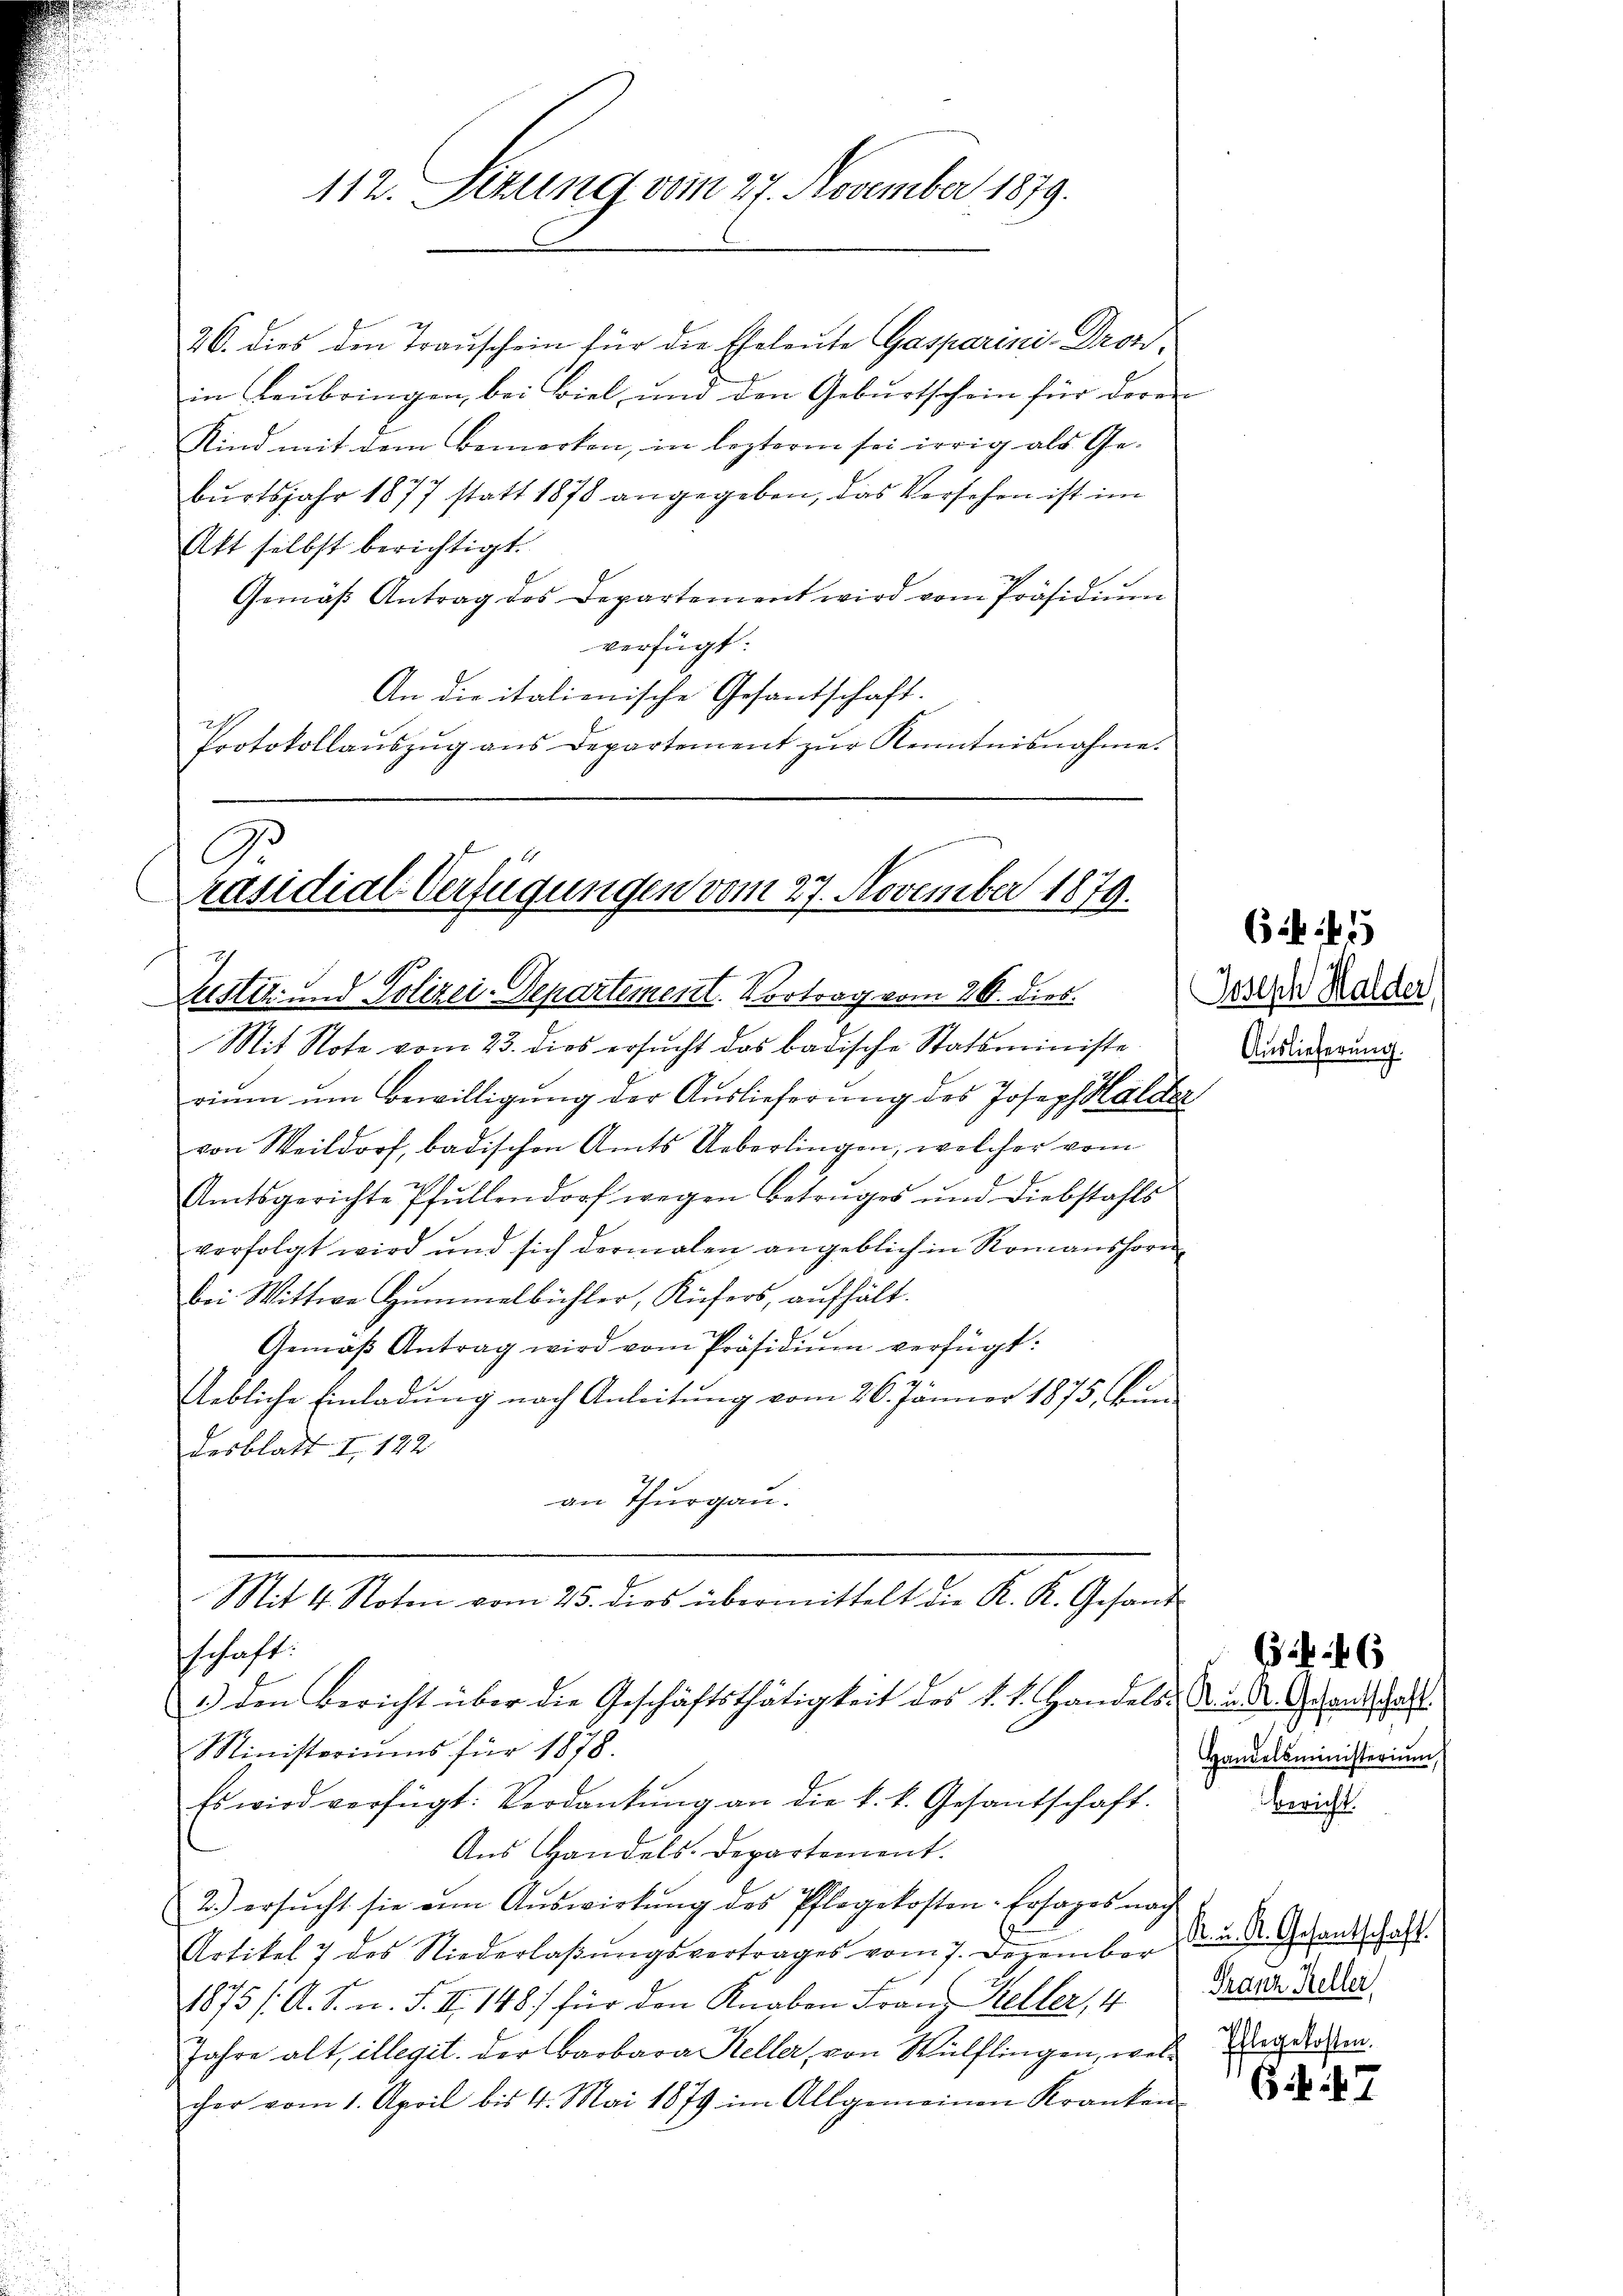
112. Sezung vom 27. November 1879.

26. dies den Trauschein für die Eheleute Gasparini-Dronin Leubringen bei Biel und den Geburtschein für daran
Kind mit dem Bemerken, in lezterm sei irrig als Ge-
burtsjahr 1877 statt 1878 angegeben, das Versehen ist im
Akt selbst berichtigt.
Gemäß Antrag des Departement wird vom Präsidiŭm
verfügt:
An die italienische Gesantschaft.
Protokollaŭszŭg ans Departement zŭr Kenntnisnahme.

G
räsidial-Verfügungen vom 27. November 1879.
Justiz- und Polizei-Departement. Vortrag vom 26. diesenden Halder

schaft:
1) den Bericht über die Geschäftsthätigkeit des k. k. Handels. Dr. v. St. Gesandschafts

Mit 4. Noten vom 25. dies übermittelt die K. K. Gesand

Mit Note vom 23. dies ersŭcht das badische Statsministe
rium um Bewilligung der Auslieferung des Joseph Halder
von Weildorf, badischen Amts Ueberlingen, welcher vom
2
Amtsgerichte Pfullendorf wegen Betruges und Diebstahls
verfolgt wird und sich dermalen angeblich in Romanshorn
bei Wittwe Hummelbühler, Küfers, aufhält.
Gemäβ Antrag wird vom Präsidiŭm verfügt:
s
Eebliche Einladung nach Anleitung vom 26. Jänner 1875, bin
desblatt I 122
an Thurgau.

Ministeriums für 1878.
Es wird verfügt: Verdankŭng an die k. k. Gesandschaft.
Aus Handels. Departement.
2.) ersŭcht sie von Aŭswirkŭng des Pflegekosten-Ersages nach
Artikel 7 des Niederlaßungsvertrages vom 7. Dezember
1875 /A. S. n. F. II 148) für den Knaben Franz Keller, 4
Jahre alt, illegit. Der Barbara Keller, von Wülflingen, welcher vom 1. April bis 4. Mai 1879 im Allgemeinen Kranken

6f 45
Auslieferung.

Handelsministerium,

Bericht.

6 x

K. u. R. Gesantschaft.
Franz Keller
Ehlegekosten.

6. 47